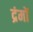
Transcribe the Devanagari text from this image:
द्रंमों